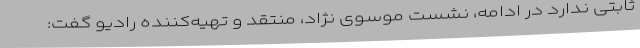
ثابتی ندارد در ادامه، نشست موسوی نژاد، منتقد و تهیه‌کننده رادیو گفت: